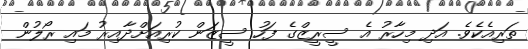
ތަރިއެކެވެ. އަދި މިހާރު އެ ސީރީޒްގެ ފަހު ސީޒަން ކުރިއަށްދާއިރު މައި ރޯލުން